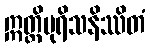
ဣတ္ထိပုရိသနိဿိတံ